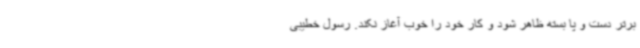
برتر دست و پا بسته ظاهر شود و کار خود را خوب آغاز نکند. رسول خطیبی